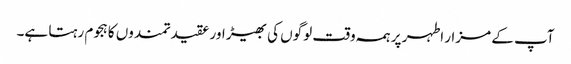
آپ کے مزار اطہر پر ہمہ وقت لوگوں کی بھیڑ اور عقیدتمندوں کا ہجوم رہتا ہے۔